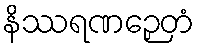
နိဿရဏဉှေတံ